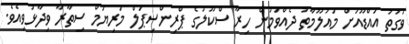
ވަގުތު އައްޑޫއަށް މައުލޫމާތު ދެއްވަމުން ހިރާ ސްކޫލުގެ ޕްރިންސިޕަލް މަރިޔަމް ސިތާރާ ވިދާޅުވިއެވެ.